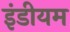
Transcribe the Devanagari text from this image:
इंडीयम